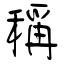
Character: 稱